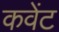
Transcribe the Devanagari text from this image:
कवेंट